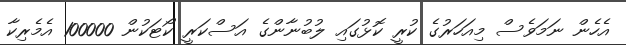
އެހެން ނަމަވެސް މިއަހަރުގެ ކުރީ ކޮޅުގައި ލުބުނާންގެ އަސްކަރީ ކޯޓަކުން 100000 އެމެރިކާ